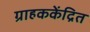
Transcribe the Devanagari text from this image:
ग्राहककेंद्रित